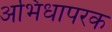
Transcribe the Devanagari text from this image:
अभिधापरक